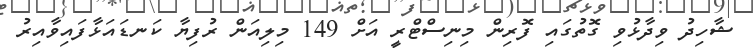
ޝާހިދު ވިދާޅުވި ގޮތުގައި ފޮރިން މިނިސްޓްރީ އަށް 149 މިލިއަން ރުފިޔާ ކަނޑައަޅާފައިވާއިރު